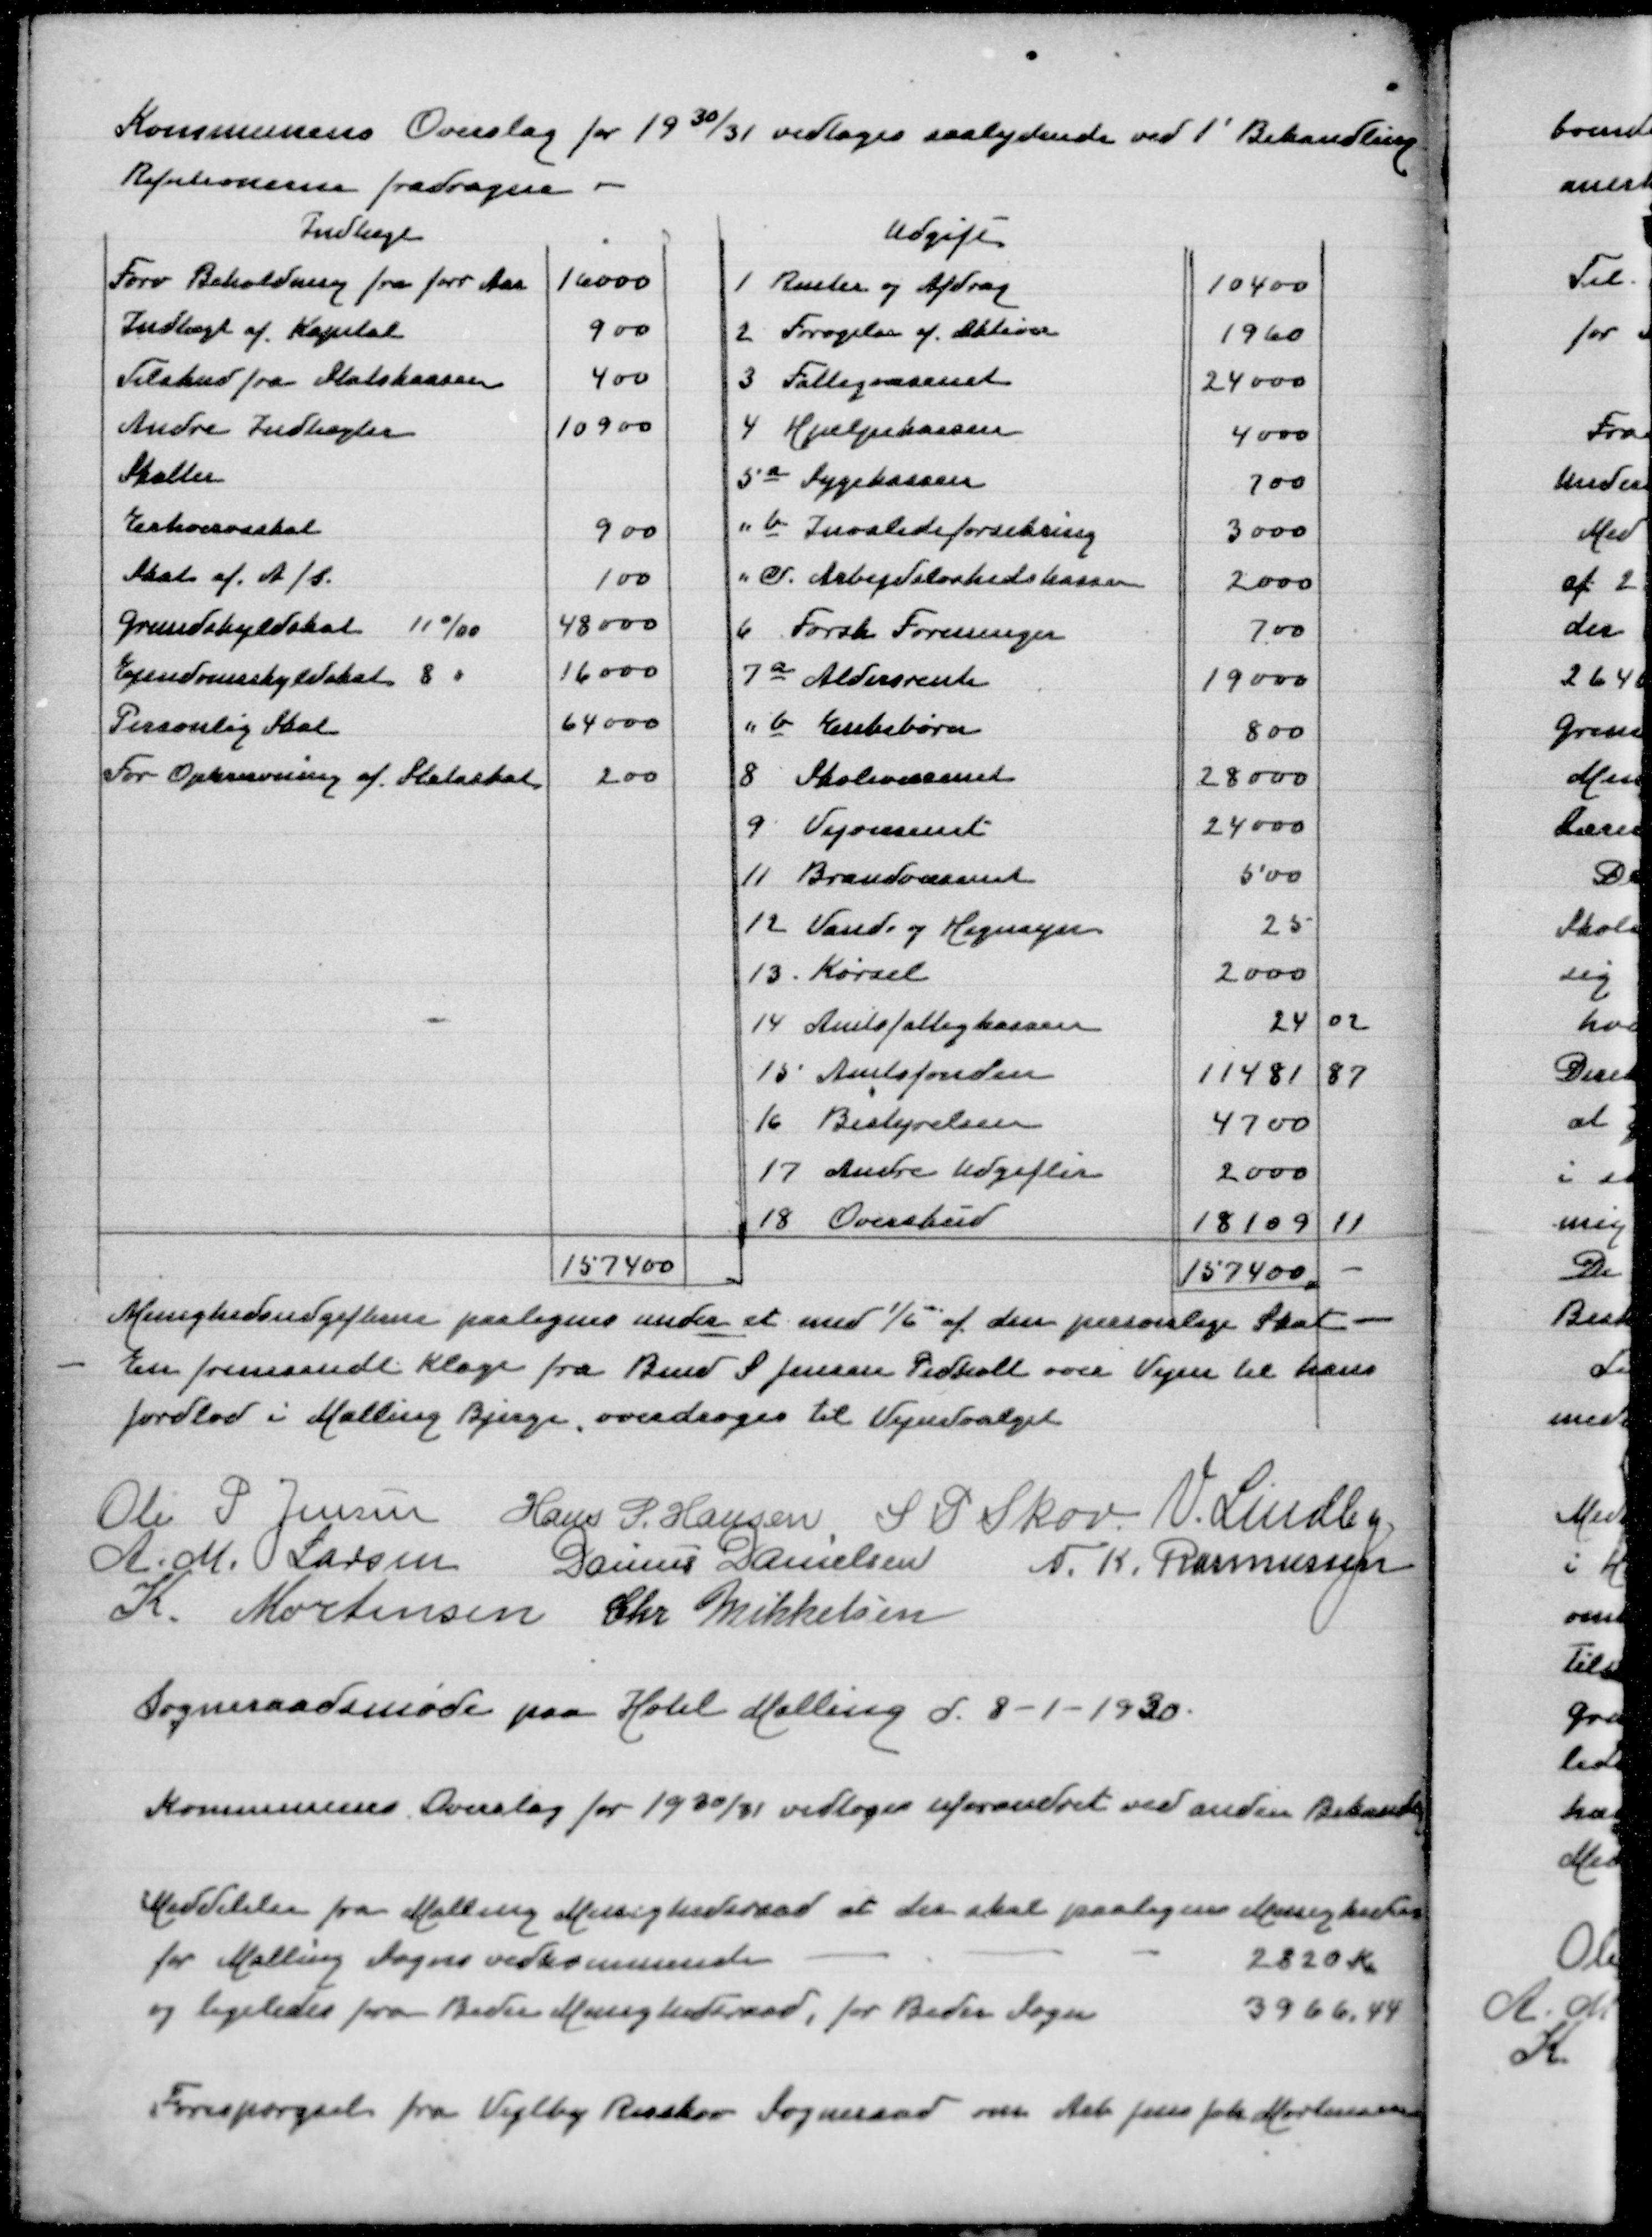
Transskription:
Kommunens Overslag for 1930/31 vedtoges saalydende ved 1' Behandling
Refutionerne fradragen

Menighedsudgifterne paalignes under et med 1/6  af den personlige Skat
En fremsendt Klage fra Bmd S Jensen Pedholt over Vejen til hans
Jordlod i Malling Bjerge overdroges til Vejudvalget
Ole P Jensen
 Hans P Hansen
S P skov
V Lindby
A M Larsen
Danius Danielsen
N K Rasmussen
K Mortensen
Chr Mikkelsen

Sogneraadsmøde paa Hotel Malling d 8-1-1930

Kommunens Overslag for 1930/31 vedtoges uforandret ved anden Behandling

Meddelelse fra Malling Menighedsraad at der skal paalignes Menighedsr
for Malling Sogns vedkommende
2820 Kr
og ligeledes for Beder Menighedsraad, for Beder Sogn 3966,44

Forespørgsel fra Vejlby Risskov Sogneraad om Arb Jens Joh Mortensen